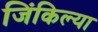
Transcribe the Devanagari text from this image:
जिंकिल्या